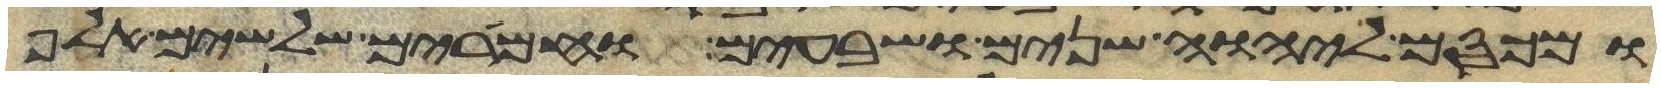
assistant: ומכסם ליהוה שנים ושבעים וחמרים שלשים אלף